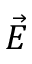
\vec { E }